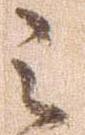
之